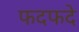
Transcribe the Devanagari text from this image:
फदफदे